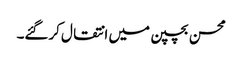
محسن بچپن میں انتقال کرگئے۔